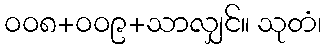
၀၀၈+၀၀၉+သာလျှင်။ သုတံ၊